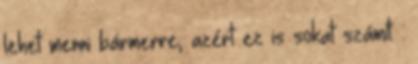
lehet menni bármerre, azért ez is sokat számít. :